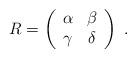
LaTeX: \begin{align*}R=\left(\begin{array}{cc}\alpha & \beta \\\gamma & \delta \\\end{array}\right)\; .\end{align*}